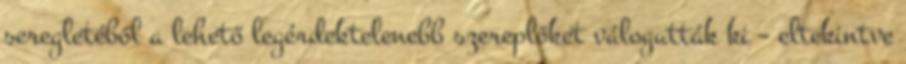
seregletéből a lehető legérdektelenebb szereplőket válogatták ki – eltekintve